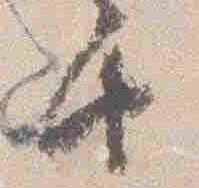
由